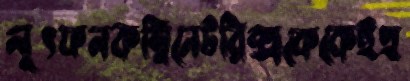
লুৎফনকম্বিনেটরিক্সকেকেইহু